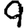
Digit: 9